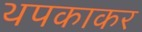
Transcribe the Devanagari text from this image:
थपकाकर